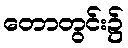
တောတွင်း၌